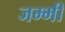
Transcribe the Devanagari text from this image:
जम्भी